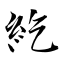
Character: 紇